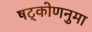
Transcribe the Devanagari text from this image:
षट्कोणनुमा